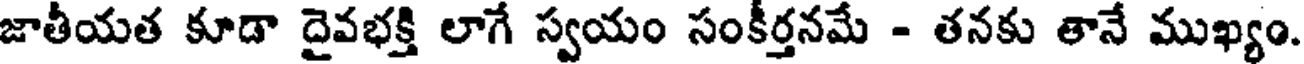
జాతీయత కూడా దైవభక్తి లాగే స్వయం సంకీర్తనమే - తనకు తానే ముఖ్యం.